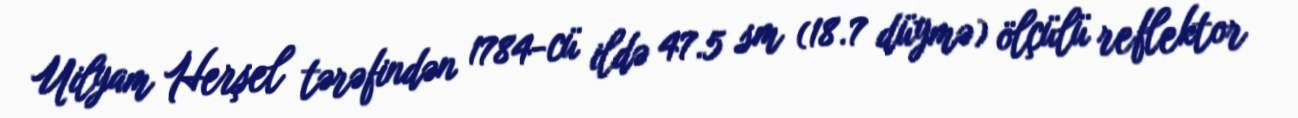
Uilyam Herşel tərəfindən 1784-cü ildə 47.5 sm (18.7 düymə) ölçülü reflektor